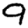
Digit: 9